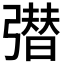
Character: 𭛆